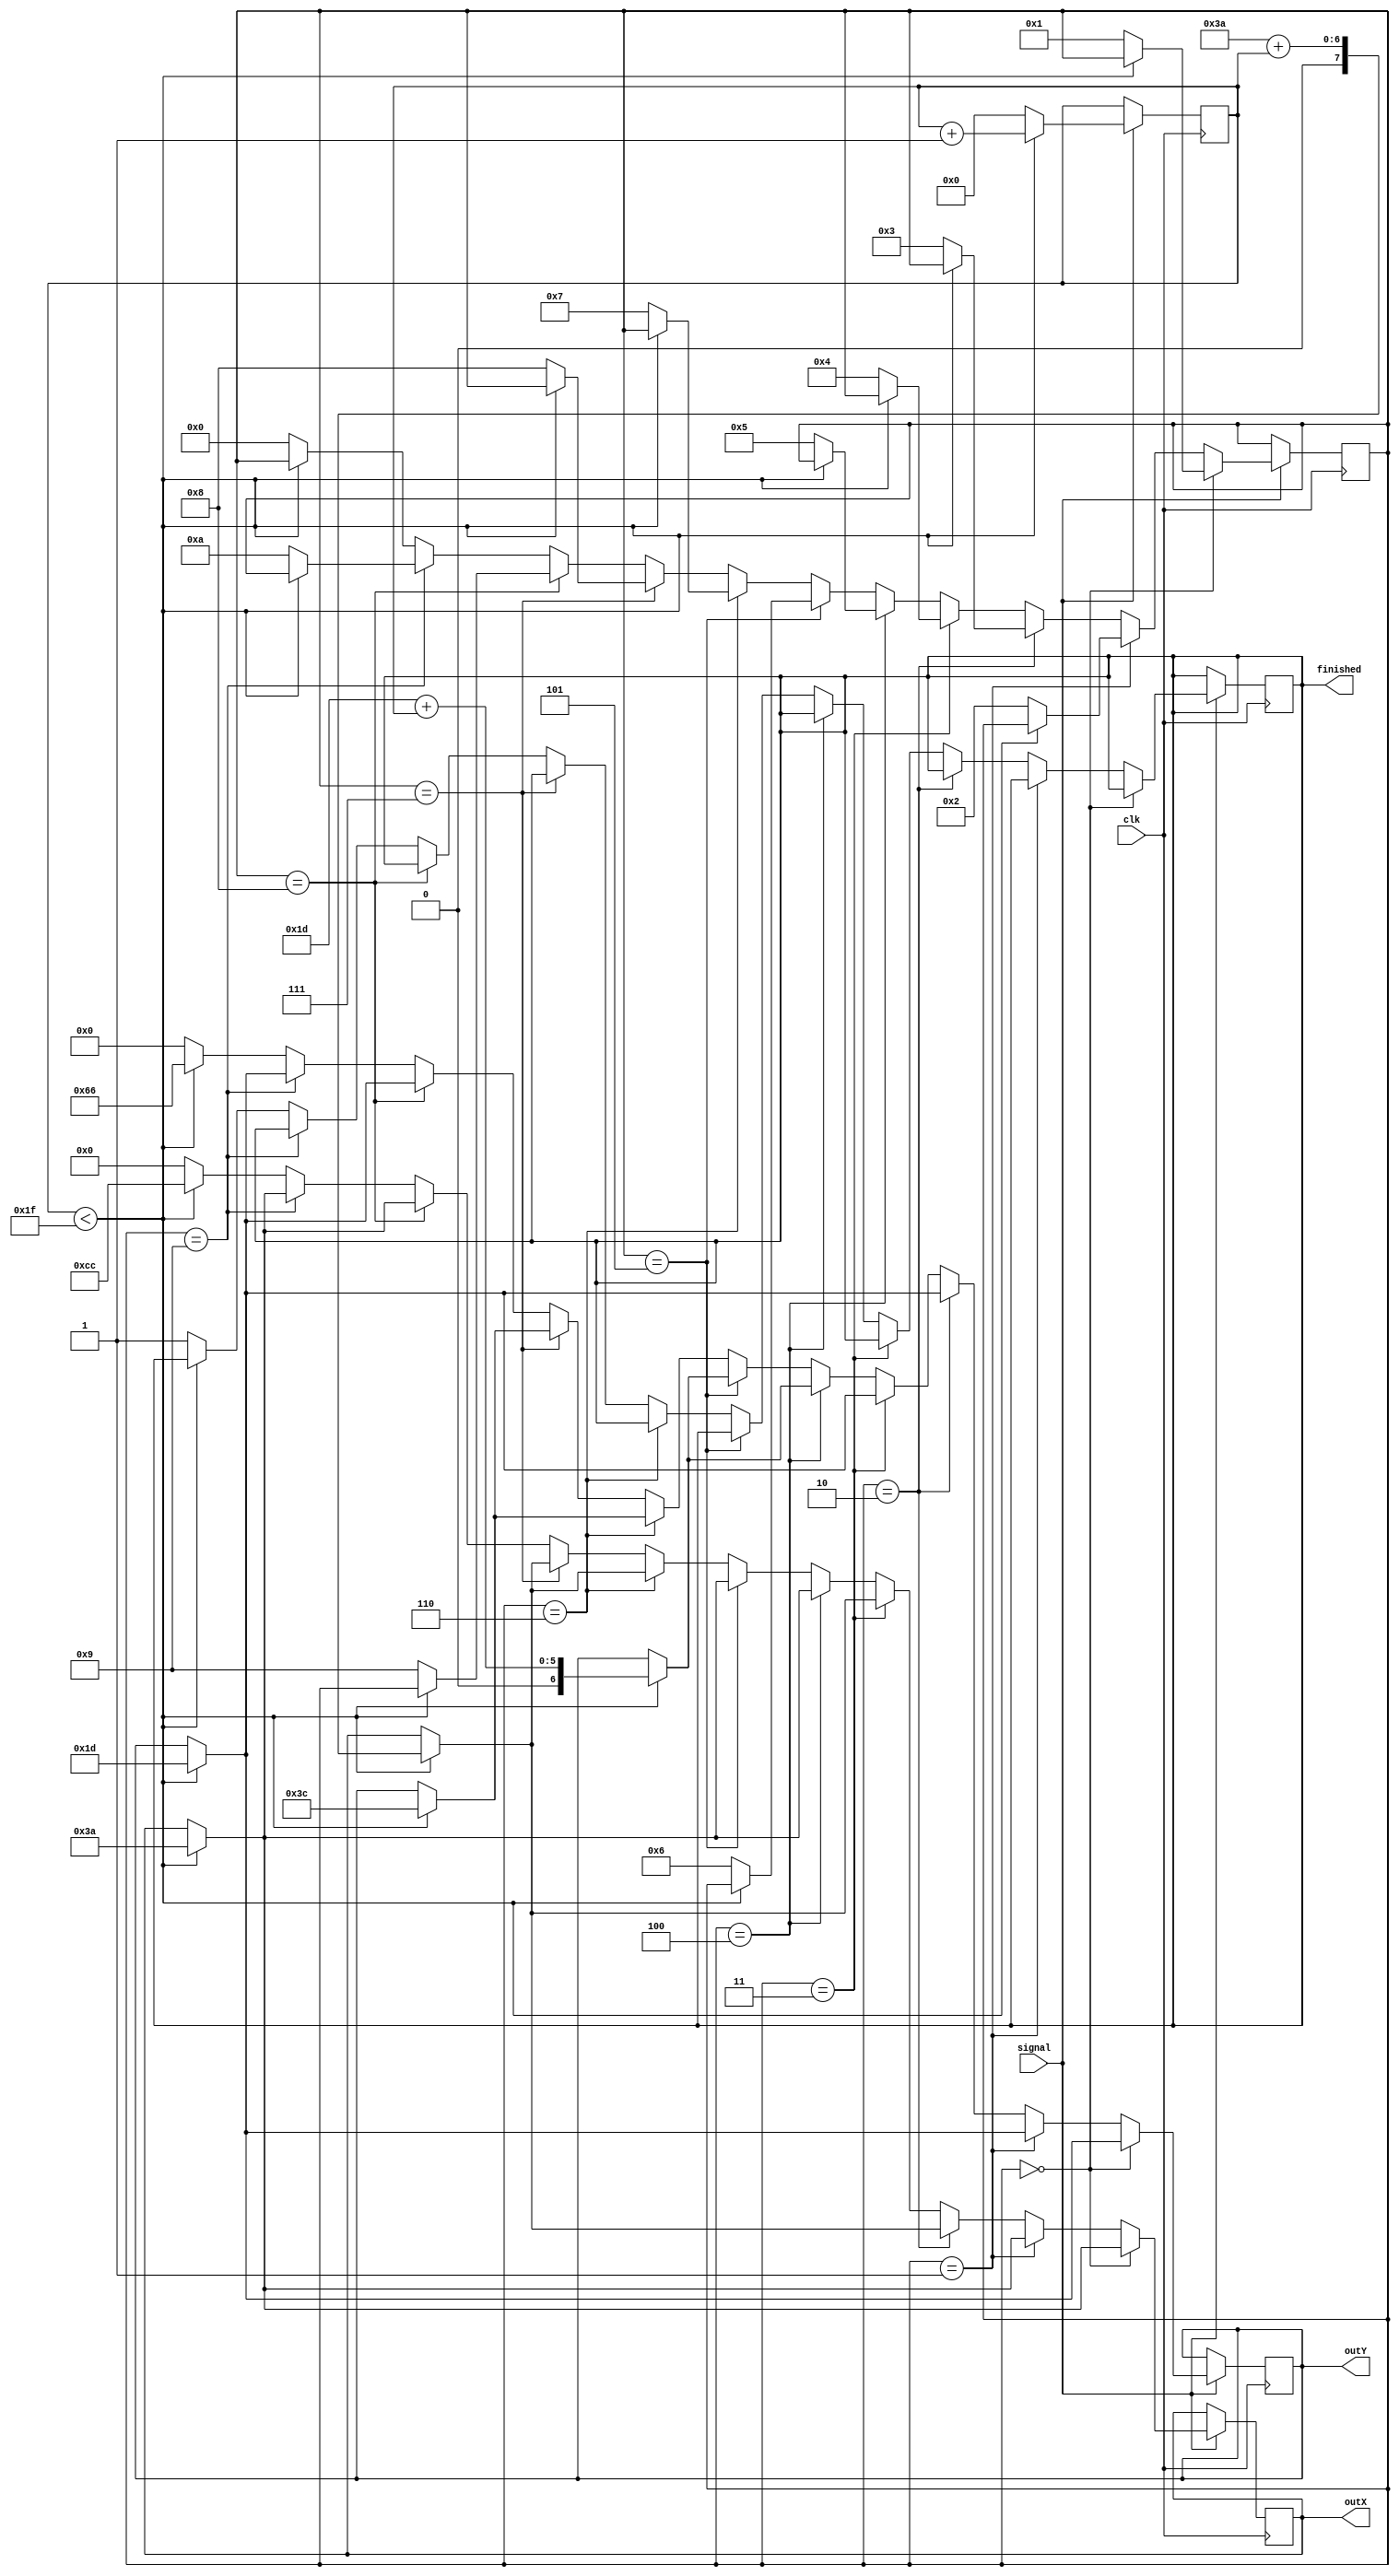
// Drawing C on VGA display by outputting x and y coordinates
module drawC
    (
      clk,                        //    On Board 50 MHz
      signal,
		  outX,
		  outY,
      finished
    );

    input clk;                //    50 MHz
	 input signal;

    output reg finished;

    wire reset = 1'b1;

    reg [4:0] counter;
    reg [3:0] stateC = 4'b0000;
    wire [7:0] startX;
	 assign startX = 8'b00111010;
    wire [6:0] startY;
	 assign startY = 7'b0011101;


    output reg [7:0] outX;
    output reg [6:0] outY;

  always @ (posedge clk)
	 begin
  		if(signal == 1'b1)
  			begin
  				 if (stateC == 4'b0000)
  					begin
  						 if (counter < 5'b11111)
  							begin
  							  outX <= startX;
  							  outY <= startY;
  							  counter <= counter + 1'b1;
  							end
  						 else
  							begin
  							  stateC <= 4'b0001;
  							  counter <= 5'b00000;
  							end
  					 end
    			else if (stateC == 4'b0001)
    				 begin
    					 if (counter < 5'b11111)
    						begin
    						  outX <= startX;
    						  outY <= startY;
    						  counter <= counter + 1'b1;
    						end
    					 else
    						begin
    						  stateC <= 4'b0010;
    						  counter <= 5'b00000;
    						end
    				  end
				else if (stateC == 4'b0010)
					 begin
						 if (counter < 5'b11111)
							begin
							  outX <= startX + counter;
							  outY <= startY;
							  counter <= counter + 1'b1;
							end
						 else
							begin
							  stateC <= 4'b0011;
							  counter <= 5'b00000;
							end
					 end
				else if (stateC == 4'b0011)
					  begin
						 if (counter < 5'b11111)
							begin
							  outX <= startX + counter;
							  outY <= startY;
							  counter <= counter + 1'b1;
							end
						 else
							begin
							  stateC <= 4'b0100;
							  counter <= 5'b00000;
							end
					  end
				else if (stateC == 4'b0100)
					  begin
						 if (counter < 5'b11111)
							begin
							  outX <= startX;
							  outY <= startY + counter;
							  counter <= counter + 1'b1;
							end
						 else
							begin
							  stateC <= 4'b0101;
							  counter <= 5'b00000;
							end
					  end
				else if (stateC == 4'b0101)
					  begin
						 if (counter < 5'b11111)
							begin
							  outX <= startX;
							  outY <= startY + counter;
							  counter <= counter + 1'b1;
							end
						 else
							begin
							  stateC <= 4'b0110;
							  counter <= 5'b00000;
							end
						end
				 else if (stateC == 4'b0110)
					begin
					 if (counter < 5'b11111)
					  begin
						 outX <= startX + counter;
						 outY <= startY + 5'b11111;
						 counter <= counter + 1'b1;
					  end
					 else
					  begin
						 stateC <= 4'b0111;
						 counter <= 5'b00000;
					  end
					end
				 else if (stateC == 4'b0111)
					begin
					 if (counter < 5'b11111)
					  begin
						 outX <= startX + counter;
						 outY <= startY + 5'b11111;
						 counter <= counter + 1'b1;
					  end
					 else
					  begin
						 stateC <= 4'b1000;
						 counter <= 5'b00000;
					  end
					end
				 else if (stateC == 4'b1000)
					begin
					 if (counter < 5'b11111)
					  begin
						 outX <= startX;
						 outY <= startY;
						 counter <= counter + 1'b1;
					  end
					 else
					  begin
						 stateC <= 4'b1001;
						 counter <= 5'b00000;
					  end
					end
				 else if (stateC == 4'b1001)
					begin
					 if (counter < 5'b11111)
					  begin
						 outX <= startX;
						 outY <= startY;
						 counter <= counter + 1'b1;
					  end
					 else
					  begin
						 stateC <= 4'b1010;
						 counter <= 5'b00000;
					  end
					end
				 else
					begin
					 if (counter < 5'b11111)
					  begin
						 outX <= 8'b11001100;
						 outY <= 7'b1100110;
						 counter <= counter + 1'b1;
					  end
					 else
					  begin
						 finished <= 1'b1;
						 stateC <= 4'b0000;
						 counter <= 5'b00000;
						 outX <= 8'b00000000;
						 outY <= 7'b0000000;
					  end
					end
  			end

  end

endmodule